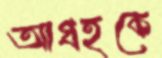
আগ্রহকে